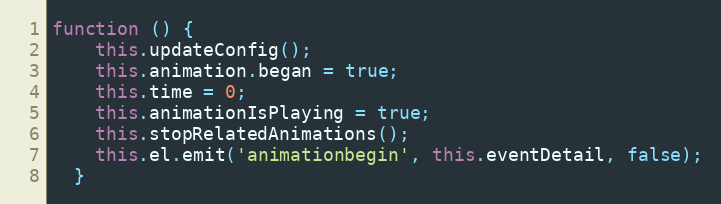
Language: JavaScript
function () {
    this.updateConfig();
    this.animation.began = true;
    this.time = 0;
    this.animationIsPlaying = true;
    this.stopRelatedAnimations();
    this.el.emit('animationbegin', this.eventDetail, false);
  }